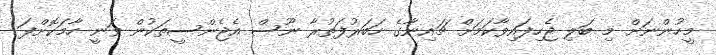
މީހުންނަށް މި ބަލި ޖެހިފައިވާކަމަށް ޗައިނާގެ ހަބަރުފަތުރާ ނޫސް އެޖެންސީތަކުން ވަނީ ހާމަކޮށްފަ